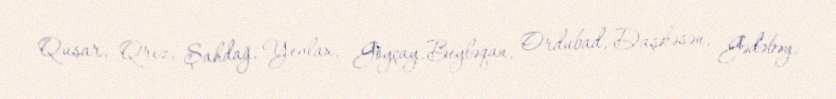
Qusar, Qrız, Şahdağ, Yevlax, Göyçay, Beyləqan, Ordubad, Daşkəsən, Gədəbəy,